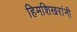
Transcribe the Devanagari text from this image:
हिमशिखरांनी